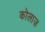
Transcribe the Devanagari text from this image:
कोलाज़